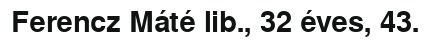
Ferencz Máté lib., 32 éves, 43.